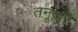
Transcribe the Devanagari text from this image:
तनूवरि